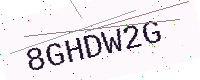
Text: 8GHDW2G